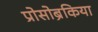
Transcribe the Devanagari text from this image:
प्रोसोब्रैंकिया